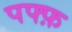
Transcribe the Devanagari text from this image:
पफ्फ़